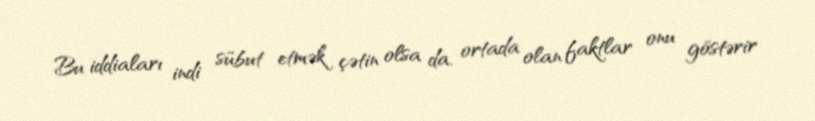
Bu iddiaları indi sübut etmək çətin olsa da, ortada olan faktlar onu göstərir